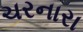
ચરનારા